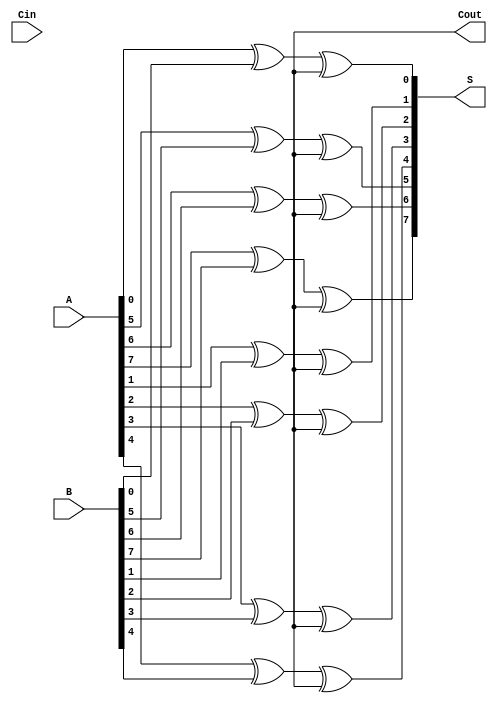
module kogge_stone_adder #(parameter n = 8) (
    input  wire [n-1:0] A,      // First input
    input  wire [n-1:0] B,      // Second input
    input  wire          Cin,    // Carry in
    output wire [n-1:0] S,      // Sum output
    output wire          Cout     // Carry out
);
    wire [n-1:0] P; // Propagate signals
    wire [n-1:0] G; // Generate signals
    wire [n-1:0] C [0:1]; // Carry signals for stages

    // Calculate Propagate and Generate signals
    genvar i;
    generate
        for (i = 0; i < n; i = i + 1) begin: generate_pg
            assign P[i] = A[i] ^ B[i]; // P[i] = A[i] XOR B[i]
            assign G[i] = A[i] & B[i]; // G[i] = A[i] AND B[i]
        end
    endgenerate

    // Initial carry
    assign C[0][0] = Cin; // Carry-in

    // Kogge-Stone logic to compute carries
    genvar k;
    generate
        for (k = 0; (1 << k) < n; k = k + 1) begin: carry_generation
            for (i = 0; i < n; i = i + 1) begin: carry_logic
                if (i >= (1 << k)) begin
                    assign C[k+1][i] = G[i] | (P[i] & C[k][i - (1 << k)]);
                end else begin
                    assign C[k+1][i] = C[k][i];
                end
            end
        end
    endgenerate

    // Final carry out
    assign Cout = C[$clog2(n)][n-1];

    // Sum calculation
    generate
        for (i = 0; i < n; i = i + 1) begin: sum_logic
            assign S[i] = P[i] ^ C[$clog2(n)][i - 1];
        end
    endgenerate

endmodule